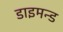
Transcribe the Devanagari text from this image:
डाइमन्ड